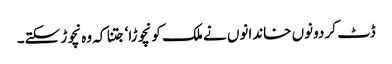
ڈٹ کر دونوں خاندانوں نے ملک کو نچوڑا‘ جتنا کہ وہ نچوڑ سکتے۔